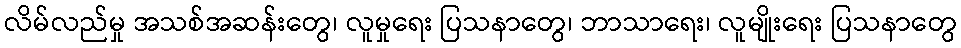
လိမ်လည်မှု အသစ်အဆန်းတွေ၊ လူမှုရေး ပြသနာတွေ၊ ဘာသာရေး၊ လူမျိုးရေး ပြသနာတွေ